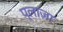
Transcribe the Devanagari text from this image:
प्‍लाज़ा